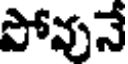
పోవునే